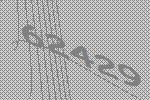
62429